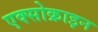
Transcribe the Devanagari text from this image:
एक्सोक्राइन